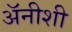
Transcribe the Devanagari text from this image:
अॅनीशी